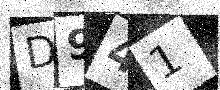
Text: D941